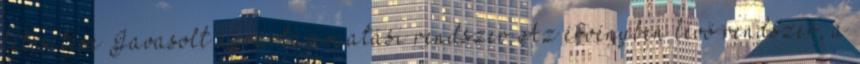
létesítése Javasolt agrártámogatási rendszer Az érvényben lévő rendszer, a